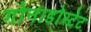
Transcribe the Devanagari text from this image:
गोनाडोस्टेट